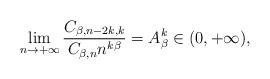
LaTeX: \begin{align*}&\lim_{n\to+\infty}\dfrac{C_{\beta,n-2k,k}}{C_{\beta,n}n^{k\beta}}=A_{\beta}^k\in(0,+\infty),\end{align*}